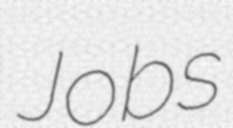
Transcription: Jobs